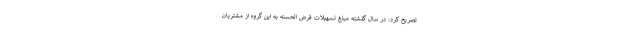
تصریح کرد: در سال گذشته مبلغ تسهیلات قرض الحسنه به این گروه از مشتریان